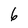
Character: 6